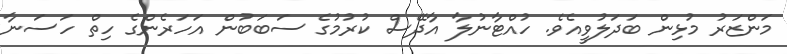
މަންޒަރު މުޅިން ބަދަލުވީއެވެ. ހުއްޓާނުލާ އާދޭސް ކުރުމުގެ ސަބަބުން އަހަރެންގެ ހިތް ހަސަނާ